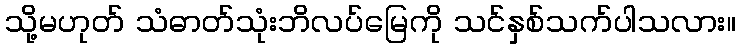
သို့မဟုတ် သံဓာတ်သုံးဘိလပ်မြေကို သင်နှစ်သက်ပါသလား။